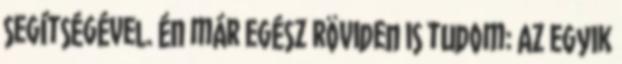
segítségével. Én már egész röviden is tudom: Az egyik